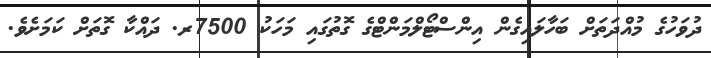
ދުވަހުގެ މުއްދަތަށް ބަހާލައިގެން އިންސްޓޯލްމަންޓްގެ ގޮތުގައި މަހަކު 7500ރ. ދައްކާ ގޮތަށް ކަމަށެވެ.